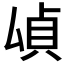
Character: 𫨫